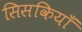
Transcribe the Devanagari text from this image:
सिसकियाँ